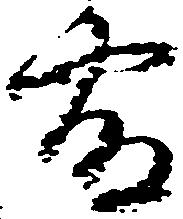
露